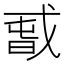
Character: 𰒫